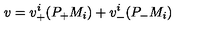
v = v _ { + } ^ { i } ( P _ { + } M _ { i } ) + v _ { - } ^ { i } ( P _ { - } M _ { i } )